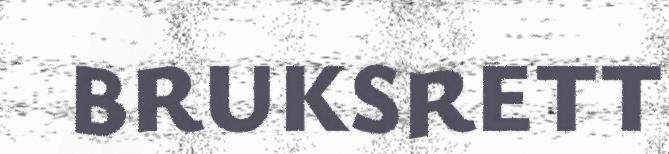
BRUKSRETT